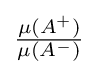
{\textstyle {\frac {\mu (A^{+})}{\mu (A^{-})}}}